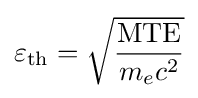
\varepsilon _{\text{th}}={\sqrt {\frac {\text{MTE}}{m_{e}c^{2}}}}